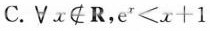
C.\forall x\notin R，$$e ^ { x } < x + 1$$